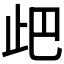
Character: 𣥘